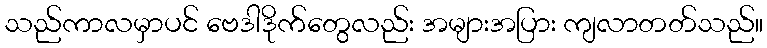
သည်ကာလမှာပင် ဗေဒါဒိုက်တွေလည်း အများအပြား ကျလာတတ်သည်။